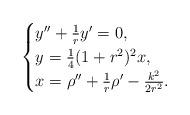
LaTeX: \begin{align*}\begin{cases}y''+\frac{1}{r}y'=0,\\y=\frac{1}{4}(1+r^2)^2x,\\x=\rho''+\frac{1}{r}\rho'-\frac{k^2}{2r^2}.\end{cases}\end{align*}